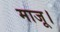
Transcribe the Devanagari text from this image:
माजू।